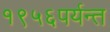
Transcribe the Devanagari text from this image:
१९५६पर्यन्त